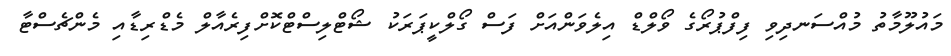
މައުލޫމާތު މުއްސަނދިވި ފިފްޕުރޯގެ ވޯލްޑް އިލެވަންއަށް ފަސް ގޯލްކީޕަރަކު ޝޯޓްލިސްޓްކޮށްފިރެއާލް މެޑްރިޑާއި މެންޗެސްޓާ